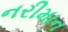
નરીમાન